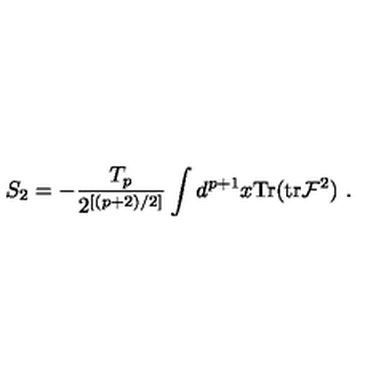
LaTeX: S _ { 2 } = - \frac { T _ { p } } { 2 ^ { [ ( p + 2 ) / 2 ] } } \int d ^ { p + 1 } x \mathrm { T r } ( \mathrm { t r } { \cal F } ^ { 2 } ) \ .